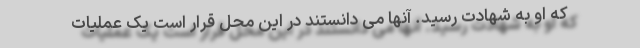
که او به شهادت رسید. آنها می دانستند در این محل قرار است یک عملیات